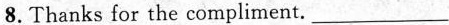
8.Thanks for the compliment. ___